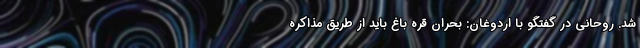
شد. روحانی در گفتگو با اردوغان: بحران قره باغ باید از طریق مذاکره